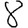
Digit: 8